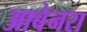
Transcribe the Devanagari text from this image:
आबेनरा